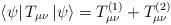
LaTeX: \begin{align*}\left< \psi \right| T_{\mu \nu} \left| \psi \right> = T^{(1)}_{\mu\nu} + T^{(2)}_{\mu \nu}\end{align*}